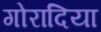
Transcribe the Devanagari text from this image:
गोरादिया